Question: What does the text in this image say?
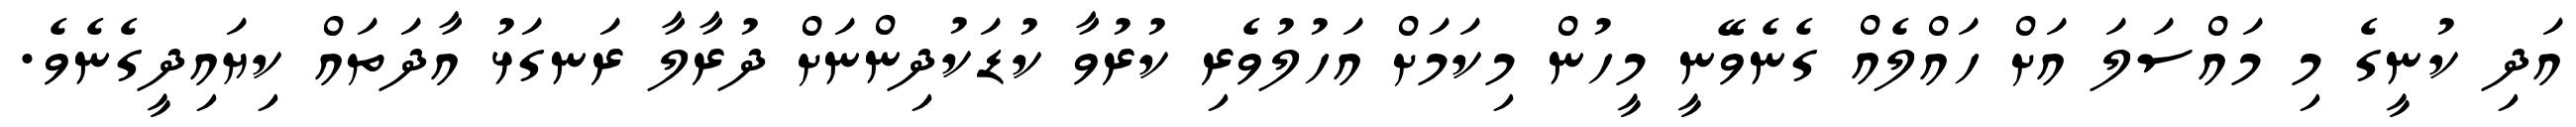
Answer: އަދި ކުނީގެ މި މައްސަލަ އަށް ހައްލެއް ގެނެވޭނީ މީހުން މިކަމަށް އަހުލުވެރި ކުރުވާ ކުޑަކުދިންނަށް ދުރާލާ ރަނގަޅު އާދަތައް ކިޔައިދީގެނެވެ.